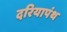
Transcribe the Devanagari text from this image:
दरियापंथ